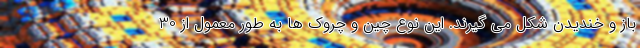
باز و خندیدن شکل می گیرند. این نوع چین و چروک ها به طور معمول از 30